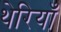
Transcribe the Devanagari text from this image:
थेरियाँ